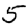
Digit: 5